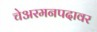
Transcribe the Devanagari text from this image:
चेअरमनपदावर